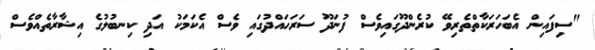
"ސިފައިން އެބަހަރަކާތްތެރިވޭ ކުރެންދޫގައިވެސް ފުނަދޫ ސަރަހައްދުގައި ވެސް އެކަމަކު އަދި ކިނބުލުގެ އިޝާރާތެއްވެސް